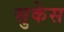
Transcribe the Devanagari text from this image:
सुकेस